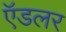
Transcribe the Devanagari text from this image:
ऍडलर